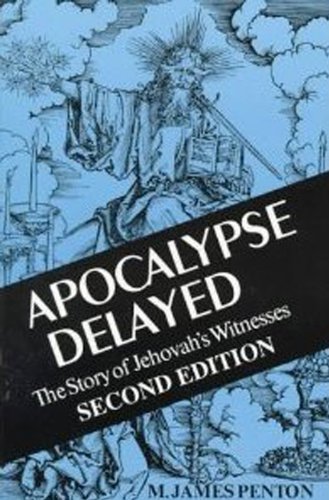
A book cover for Apocalypse Delayed: The Story of Jehovah's Witnesses; M. James Penton; Christian Books & Bibles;